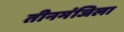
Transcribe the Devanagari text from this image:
तीनमंजिला